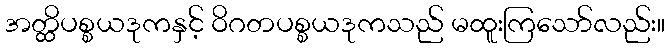
အတ္ထိပစ္စယဒုကနှင့် ဝိဂတပစ္စယဒုကသည် မထူးကြသော်လည်း။